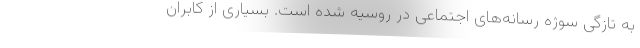
به تازگی سوژه رسانه‌های اجتماعی در روسیه شده است. بسیاری از کابران